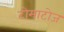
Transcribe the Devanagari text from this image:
टोमाटोज